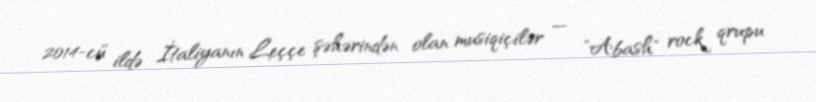
2014-cü ildə İtaliyanın Leççe şəhərindən olan musiqiçilər — "Abash" rock qrupu